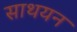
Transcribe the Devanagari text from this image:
साथयन